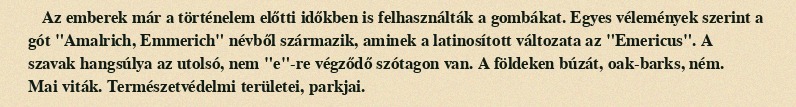
Az emberek már a történelem előtti időkben is felhasználták a gombákat. Egyes vélemények szerint a gót "Amalrich, Emmerich" névből származik, aminek a latinosított változata az "Emericus". A szavak hangsúlya az utolsó, nem "e"-re végződő szótagon van. A földeken búzát, oak-barks, ném. Mai viták. Természetvédelmi területei, parkjai.